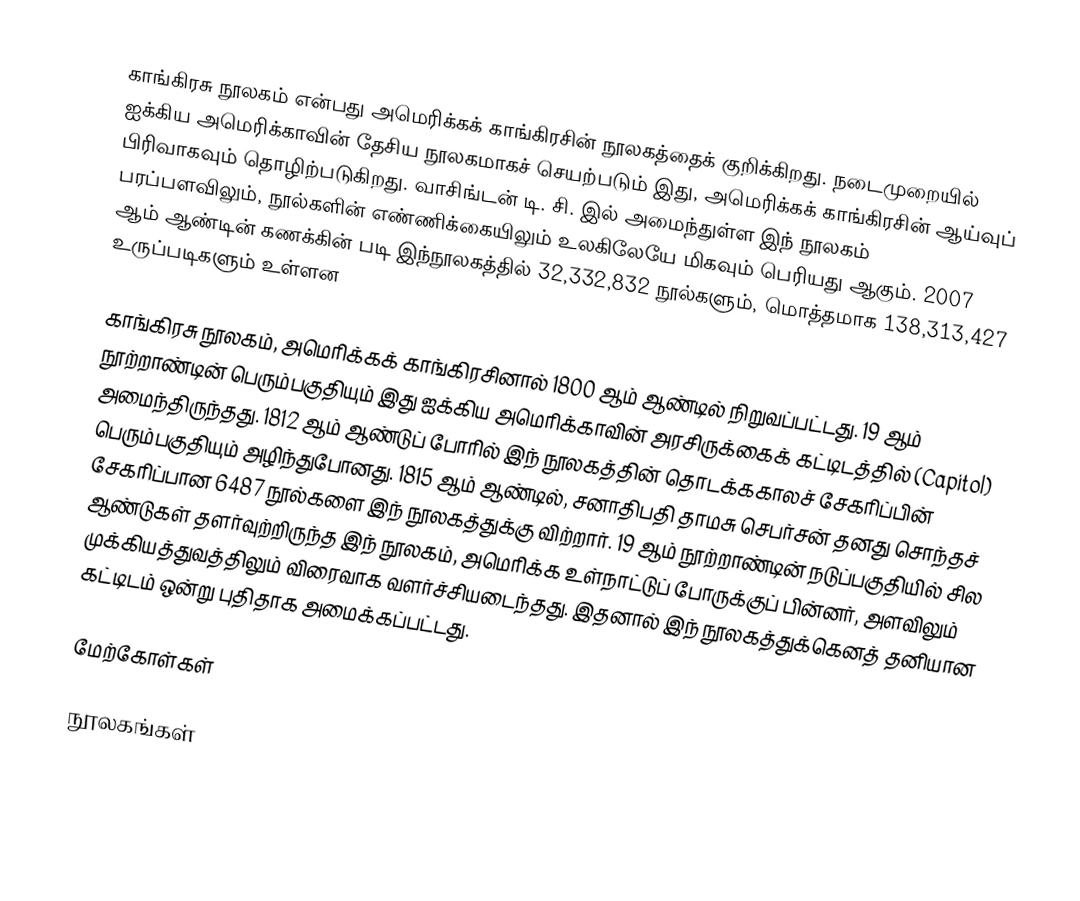
காங்கிரசு நூலகம் என்பது அமெரிக்கக் காங்கிரசின் நூலகத்தைக் குறிக்கிறது. நடைமுறையில் ஐக்கிய அமெரிக்காவின் தேசிய நூலகமாகச் செயற்படும் இது, அமெரிக்கக் காங்கிரசின் ஆய்வுப் பிரிவாகவும் தொழிற்படுகிறது. வாசிங்டன் டி. சி. இல் அமைந்துள்ள இந் நூலகம் பரப்பளவிலும், நூல்களின் எண்ணிக்கையிலும் உலகிலேயே மிகவும் பெரியது ஆகும். 2007 ஆம் ஆண்டின் கணக்கின் படி இந்நூலகத்தில் 32,332,832 நூல்களும், மொத்தமாக 138,313,427 உருப்படிகளும் உள்ளன

காங்கிரசு நூலகம், அமெரிக்கக் காங்கிரசினால் 1800 ஆம் ஆண்டில் நிறுவப்பட்டது. 19 ஆம் நூற்றாண்டின் பெரும்பகுதியும் இது ஐக்கிய அமெரிக்காவின் அரசிருக்கைக் கட்டிடத்தில் (Capitol) அமைந்திருந்தது. 1812 ஆம் ஆண்டுப் போரில் இந் நூலகத்தின் தொடக்ககாலச் சேகரிப்பின் பெரும்பகுதியும் அழிந்துபோனது. 1815 ஆம் ஆண்டில், சனாதிபதி தாமசு செபர்சன் தனது சொந்தச் சேகரிப்பான 6487 நூல்களை இந் நூலகத்துக்கு விற்றார். 19 ஆம் நூற்றாண்டின் நடுப்பகுதியில் சில ஆண்டுகள் தளர்வுற்றிருந்த இந் நூலகம், அமெரிக்க உள்நாட்டுப் போருக்குப் பின்னர், அளவிலும் முக்கியத்துவத்திலும் விரைவாக வளர்ச்சியடைந்தது. இதனால் இந் நூலகத்துக்கெனத் தனியான கட்டிடம் ஒன்று புதிதாக அமைக்கப்பட்டது.

மேற்கோள்கள்

நூலகங்கள்